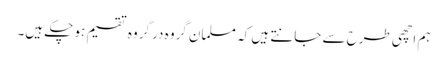
ہم اچھی طرح سے جانتے ہیں کہ مسلمان گروہ در گروہ تقسیم ہو چکے ہیں۔